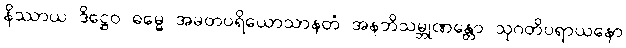
နိဿာယ ဒိဋ္ဌေဝ ဓမ္မေ အမတပရိယောသာနတံ အနဘိသမ္ဘုဏန္တော သုဂတိပရာယနော